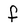
Character: f